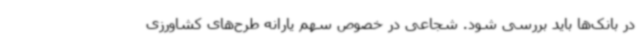
در بانک‌ها باید بررسی شود. شجاعی در خصوص سهم یارانه طرح‌های کشاورزی